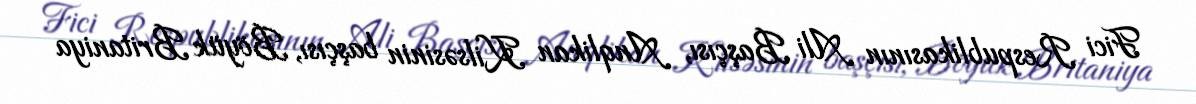
Fici Respublikasının Ali Başçısı, Anqlikan Kilsəsinin başçısı, Böyük Britaniya